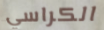
الكراسي